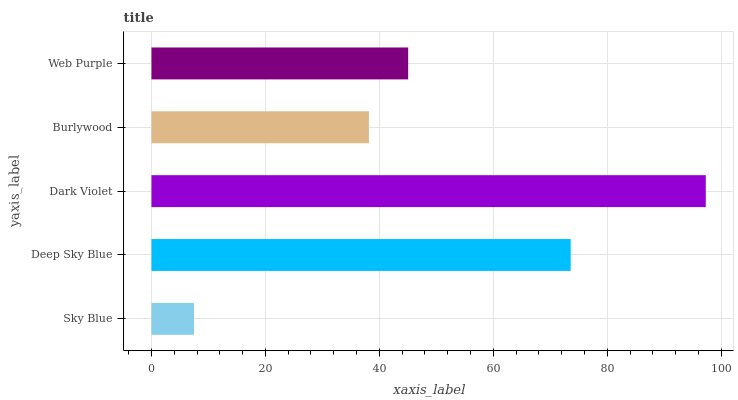
| yaxis_label | bars |
 | --- | --- |
 | Sky Blue | 7.47 |
 | Deep Sky Blue | 73.6 |
 | Dark Violet | 97.3 |
 | Burlywood | 38.2 |
 | Web Purple | 45.1 |